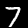
Label: 7